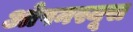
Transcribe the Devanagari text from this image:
ओपनस्यूस